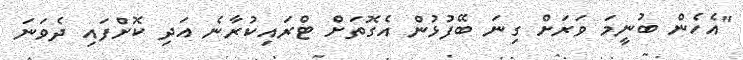
"އެހެން ބުނީމަ ވަރަށް ގިނަ ބޭފުޅުން އެގޮތަށް ޓްރައިކުރާނެ އަދި ކޮށްފައި ދެވަނަ